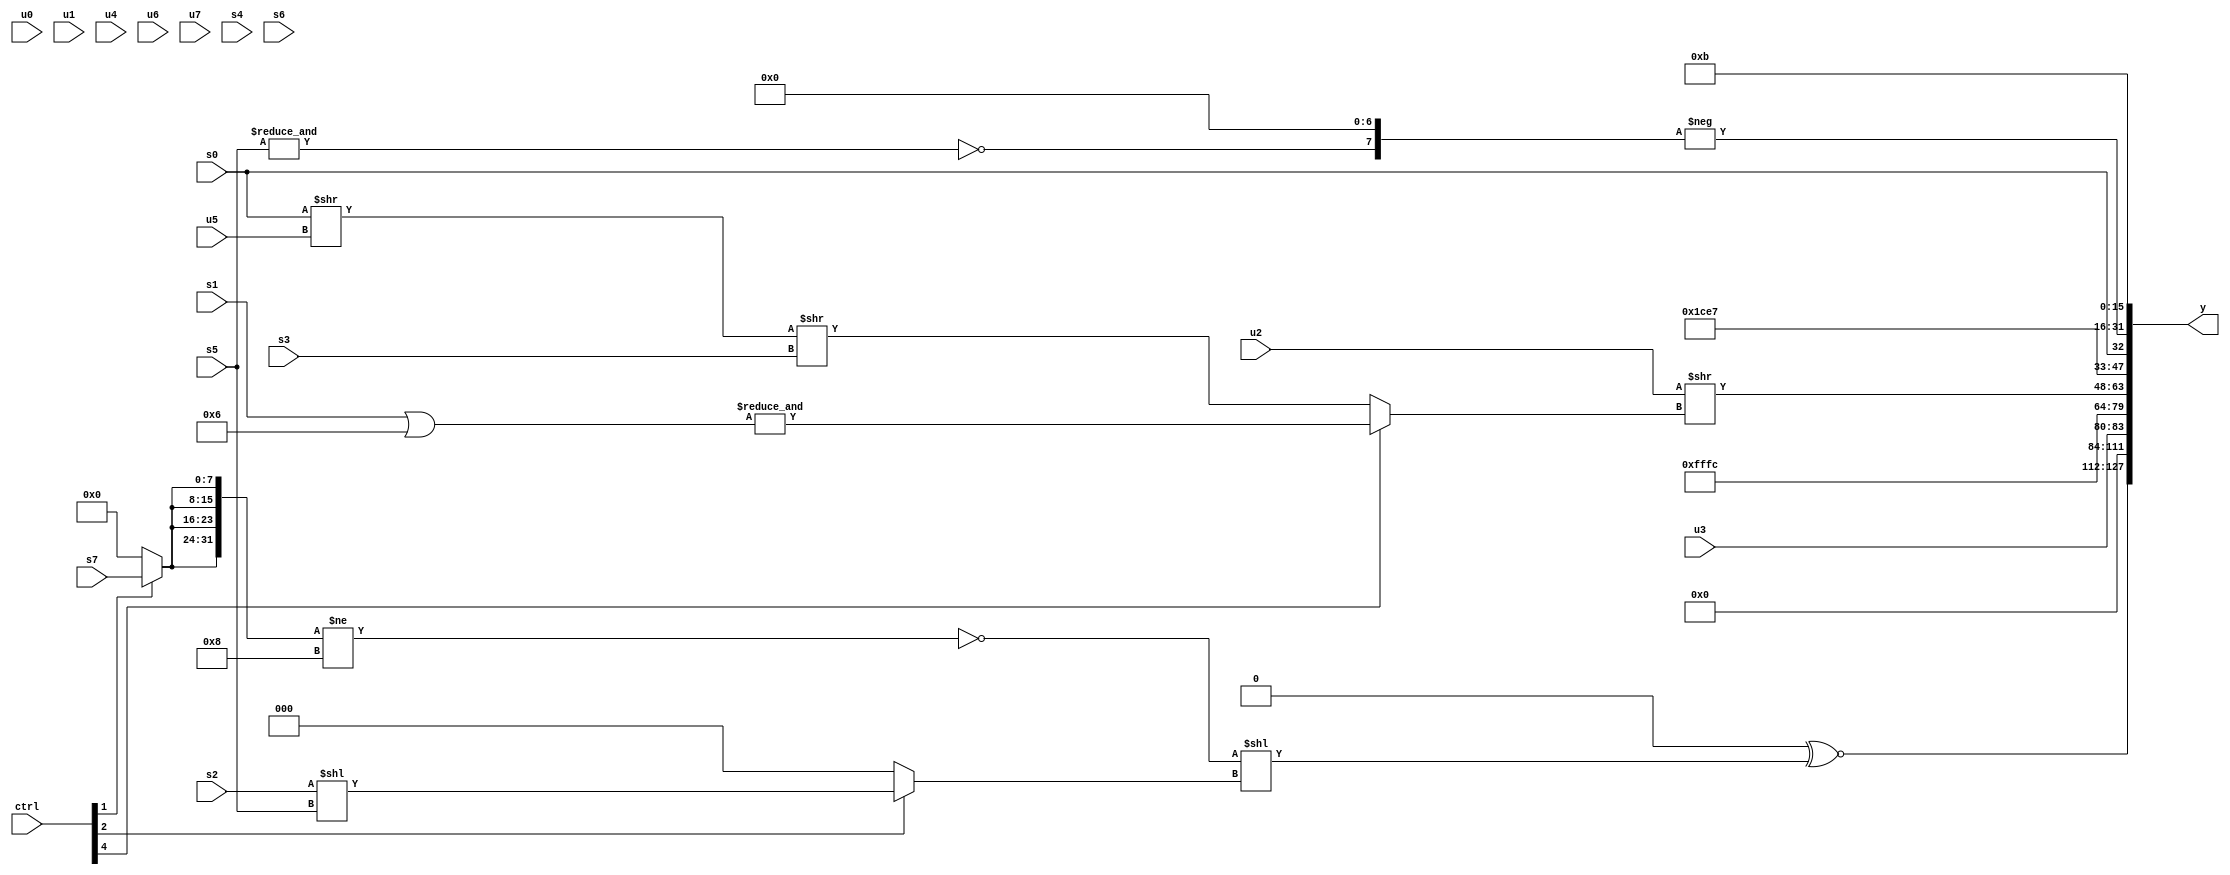
module wideexpr_00648(ctrl, u0, u1, u2, u3, u4, u5, u6, u7, s0, s1, s2, s3, s4, s5, s6, s7, y);
  input [7:0] ctrl;
  input [0:0] u0;
  input [1:0] u1;
  input [2:0] u2;
  input [3:0] u3;
  input [4:0] u4;
  input [5:0] u5;
  input [6:0] u6;
  input [7:0] u7;
  input signed [0:0] s0;
  input signed [1:0] s1;
  input signed [2:0] s2;
  input signed [3:0] s3;
  input signed [4:0] s4;
  input signed [5:0] s5;
  input signed [6:0] s6;
  input signed [7:0] s7;
  output [127:0] y;
  wire [15:0] y0;
  wire [15:0] y1;
  wire [15:0] y2;
  wire [15:0] y3;
  wire [15:0] y4;
  wire [15:0] y5;
  wire [15:0] y6;
  wire [15:0] y7;
  assign y = {y0,y1,y2,y3,y4,y5,y6,y7};
  assign y0 = (&(1'sb0))^~(((({4{(ctrl[1]?s7:3'sb000)}})!=($signed(5'sb01000)))!=($signed({1{4'b0001}})))<<(+((ctrl[2]?$signed((s2)<<(s5)):(+(u7))<<<({2{2'sb11}})))));
  assign y1 = ~|(6'sb000101);
  assign y2 = u3;
  assign y3 = 5'sb11100;
  assign y4 = (u2)>>((ctrl[4]?&(({4{(s1)|(4'sb0110)}})>>>(+({1'sb0}))):$signed(($signed((s0)>>(u5)))>>(s3))));
  assign y5 = $signed($signed($signed({-($signed(3'sb000)),((ctrl[0]?2'sb01:$signed({5'sb11001,s3,s2,4'sb1101})))>=(+((s7)&(~&(s1)))),{3{$signed(5'b00111)}},s0})));
  assign y6 = -(($signed(~&($unsigned(s5))))<<<(3'sb111));
  assign y7 = -(+(5'sb10101));
endmodule